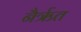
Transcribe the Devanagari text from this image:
नैर्ऋत